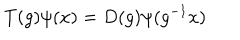
LaTeX: T ( g ) \psi ( x ) = D ( g ) \psi ( g ^ { - 1 } x )